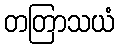
တတြာသယံ